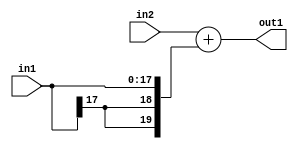
`timescale 1ps / 1ps
/*****************************************************************************
    Verilog RTL Description
    
    
    Created by: Stratus DpOpt 2019.1.01 
*******************************************************************************/

module SobelFilter_Add_19Ux18S_20S_4 (
	in2,
	in1,
	out1
	); /* architecture "behavioural" */ 
input [18:0] in2;
input [17:0] in1;
output [19:0] out1;
wire [19:0] asc001;

assign asc001 = 
	+(in2)
	+({{2{in1[17]}}, in1});

assign out1 = asc001;
endmodule

/* CADENCE  ubPxSQ8= : u9/ySgnWtBlWxVPRXgAZ4Og= ** DO NOT EDIT THIS LINE ******/